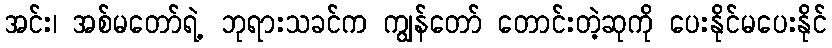
အင်း၊ အစ်မတော်ရဲ့ ဘုရားသခင်က ကျွန်တော် တောင်းတဲ့ဆုကို ပေးနိုင်မပေးနိုင်